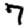
Digit: 7